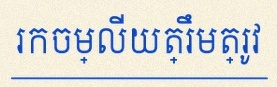
រកចម្លើយត្រឹមត្រូវ